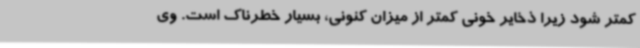
کمتر شود زیرا ذخایر خونی کمتر از میزان کنونی، بسیار خطرناک است. وی